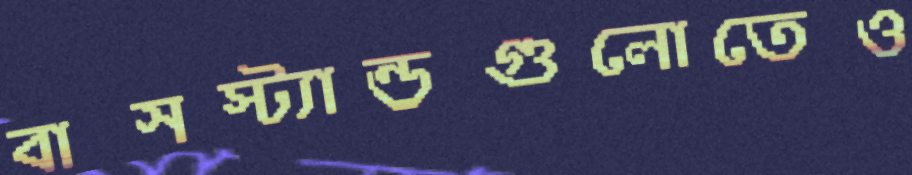
বাসস্ট্যান্ডগুলোতেও